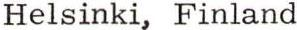
Helsinki, Finland